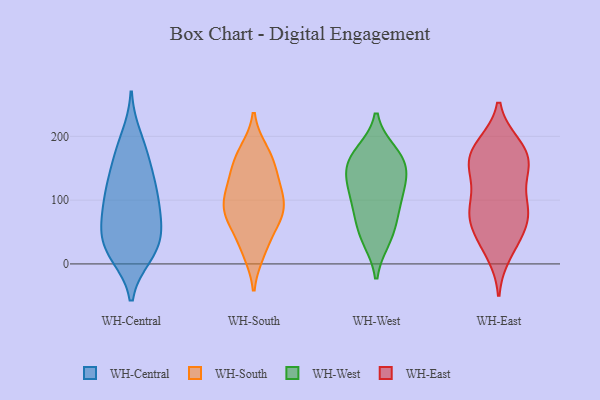
{"axis": {"x": "Operating Costs (USD K)", "y": "Value"}, "legend": ["WH-Central", "WH-East", "WH-South", "WH-West"], "data": [{"x": "", "y": 22, "type": "WH-Central"}, {"x": "", "y": 14, "type": "WH-Central"}, {"x": "", "y": 88, "type": "WH-Central"}, {"x": "", "y": 95, "type": "WH-Central"}, {"x": "", "y": 14, "type": "WH-Central"}, {"x": "", "y": 37, "type": "WH-Central"}, {"x": "", "y": 181, "type": "WH-Central"}, {"x": "", "y": 145, "type": "WH-Central"}, {"x": "", "y": 104, "type": "WH-Central"}, {"x": "", "y": 68, "type": "WH-Central"}, {"x": "", "y": 58, "type": "WH-Central"}, {"x": "", "y": 120, "type": "WH-Central"}, {"x": "", "y": 162, "type": "WH-Central"}, {"x": "", "y": 56, "type": "WH-Central"}, {"x": "", "y": 126, "type": "WH-Central"}, {"x": "", "y": 29, "type": "WH-Central"}, {"x": "", "y": 199, "type": "WH-Central"}, {"x": "", "y": 125, "type": "WH-South"}, {"x": "", "y": 19, "type": "WH-South"}, {"x": "", "y": 73, "type": "WH-South"}, {"x": "", "y": 84, "type": "WH-South"}, {"x": "", "y": 94, "type": "WH-South"}, {"x": "", "y": 150, "type": "WH-South"}, {"x": "", "y": 176, "type": "WH-South"}, {"x": "", "y": 83, "type": "WH-South"}, {"x": "", "y": 114, "type": "WH-South"}, {"x": "", "y": 78, "type": "WH-South"}, {"x": "", "y": 116, "type": "WH-South"}, {"x": "", "y": 156, "type": "WH-South"}, {"x": "", "y": 173, "type": "WH-South"}, {"x": "", "y": 24, "type": "WH-South"}, {"x": "", "y": 56, "type": "WH-South"}, {"x": "", "y": 112, "type": "WH-West"}, {"x": "", "y": 173, "type": "WH-West"}, {"x": "", "y": 40, "type": "WH-West"}, {"x": "", "y": 175, "type": "WH-West"}, {"x": "", "y": 151, "type": "WH-West"}, {"x": "", "y": 117, "type": "WH-West"}, {"x": "", "y": 81, "type": "WH-West"}, {"x": "", "y": 136, "type": "WH-West"}, {"x": "", "y": 147, "type": "WH-West"}, {"x": "", "y": 38, "type": "WH-West"}, {"x": "", "y": 65, "type": "WH-West"}, {"x": "", "y": 164, "type": "WH-West"}, {"x": "", "y": 96, "type": "WH-West"}, {"x": "", "y": 92, "type": "WH-East"}, {"x": "", "y": 89, "type": "WH-East"}, {"x": "", "y": 52, "type": "WH-East"}, {"x": "", "y": 152, "type": "WH-East"}, {"x": "", "y": 68, "type": "WH-East"}, {"x": "", "y": 139, "type": "WH-East"}, {"x": "", "y": 179, "type": "WH-East"}, {"x": "", "y": 78, "type": "WH-East"}, {"x": "", "y": 48, "type": "WH-East"}, {"x": "", "y": 182, "type": "WH-East"}, {"x": "", "y": 16, "type": "WH-East"}, {"x": "", "y": 149, "type": "WH-East"}, {"x": "", "y": 27, "type": "WH-East"}, {"x": "", "y": 82, "type": "WH-East"}, {"x": "", "y": 93, "type": "WH-East"}, {"x": "", "y": 146, "type": "WH-East"}, {"x": "", "y": 158, "type": "WH-East"}, {"x": "", "y": 187, "type": "WH-East"}, {"x": "", "y": 183, "type": "WH-East"}]}